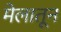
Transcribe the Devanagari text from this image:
मेलातून